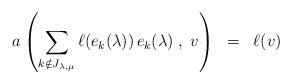
\begin{align*}a\left( \sum_{k\notin J_{\lambda,\mu}} \ell(e_k(\lambda))\, e_k(\lambda)\; , \; v\right) \;\; = \; \;\ell(v)\end{align*}